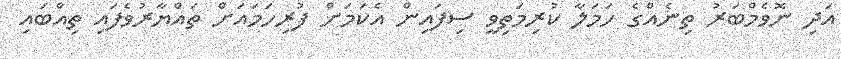
އަދި ނޮވެމްބަރު ތިނެއްގެ ހަމަލާ ކުރިމަތިވީ ސިފައިން އެކަމަށް ފުރިހަމައަށް ތައްޔާރުވެފައި ތިއްބައި